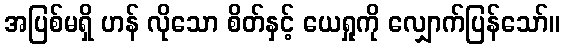
အပြစ်မရှိ ဟန် လိုသော စိတ်နှင့် ယေရှုကို လျှောက်ပြန်သော်။